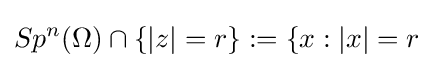
Sp^{n}(\Omega )\cap \{|z|=r\}:=\{x:|x|=r